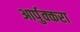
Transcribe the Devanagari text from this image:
आर्पुक्करा